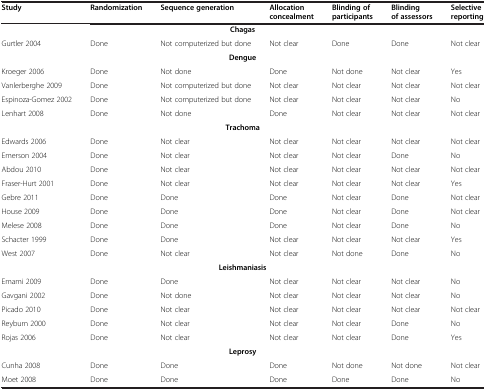
| Study | Randomization | Sequence generation | Allocation concealment | Blinding of participants | Blinding of assessors | Selective reporting |
 | --- | --- | --- | --- | --- | --- | --- |
 | <COLSPAN=7> Chagas |
 | Gurtler 2004 | Done | Not computerized but done | Not clear | Done | Done | Not clear |
 | <COLSPAN=7> Dengue |
 | Kroeger 2006 | Done | Not done | Done | Not done | Not clear | Yes |
 | Vanlerberghe 2009 | Done | Not computerized but done | Not clear | Not clear | Not clear | Not clear |
 | Espinoza-Gomez 2002 | Done | Not computerized but done | Not clear | Not clear | Not clear | No |
 | Lenhart 2008 | Done | Not done | Done | Not clear | Not clear | Not clear |
 | <COLSPAN=7> Trachoma |
 | Edwards 2006 | Done | Not clear | Not clear | Not clear | Not clear | Not clear |
 | Emerson 2004 | Done | Not clear | Not clear | Not clear | Done | No |
 | Abdou 2010 | Done | Not clear | Not clear | Not clear | Not clear | Not clear |
 | Fraser-Hurt 2001 | Done | Not clear | Not clear | Not clear | Not clear | Yes |
 | Gebre 2011 | Done | Done | Done | Not clear | Done | Not clear |
 | House 2009 | Done | Done | Done | Not clear | Done | Not clear |
 | Melese 2008 | Done | Done | Done | Not clear | Done | No |
 | Schacter 1999 | Done | Done | Not clear | Not clear | Not clear | Yes |
 | West 2007 | Done | Not clear | Not clear | Not done | Done | No |
 | <COLSPAN=7> Leishmaniasis |
 | Emami 2009 | Done | Done | Not clear | Not clear | Not clear | No |
 | Gavgani 2002 | Done | Not done | Not clear | Not clear | Not clear | No |
 | Picado 2010 | Done | Not clear | Not clear | Not clear | Not clear | Not clear |
 | Reyburn 2000 | Done | Not clear | Not clear | Not clear | Done | No |
 | Rojas 2006 | Done | Not clear | Not clear | Not clear | Done | Yes |
 | <COLSPAN=7> Leprosy |
 | Cunha 2008 | Done | Done | Done | Not done | Not done | Not clear |
 | Moet 2008 | Done | Done | Done | Done | Done | No |